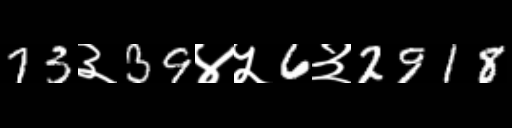
Text: 73३39४५6३2918